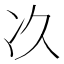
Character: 𠖮